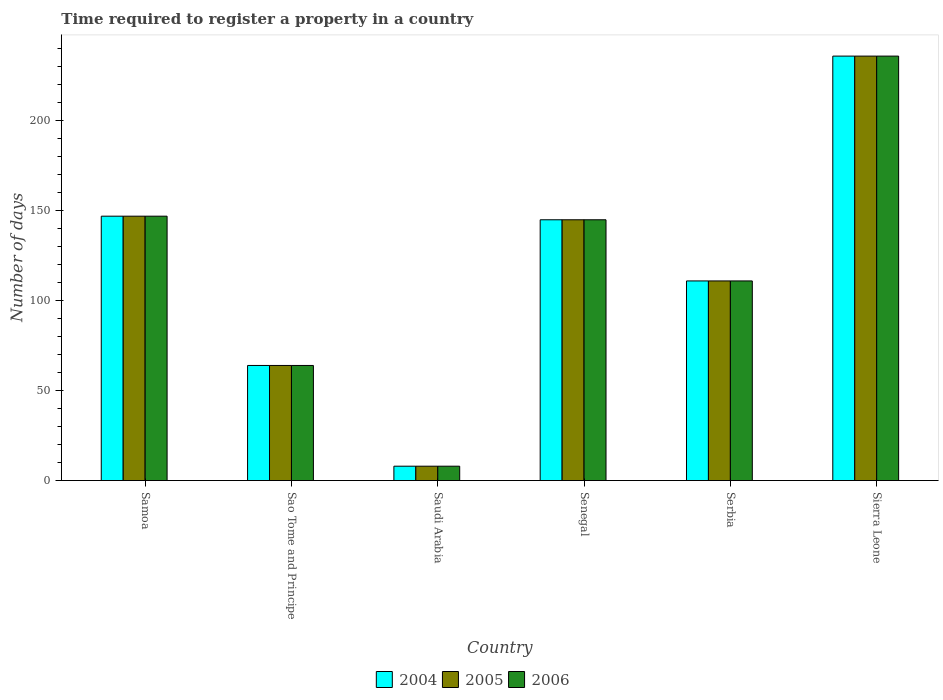
| Country | 2004 | 2005 | 2006 |
 | --- | --- | --- | --- |
 | Samoa | 147 | 147 | 147 |
 | Sao Tome and Principe | 64 | 64 | 64 |
 | Saudi Arabia | 8 | 8 | 8 |
 | Senegal | 145 | 145 | 145 |
 | Serbia | 111 | 111 | 111 |
 | Sierra Leone | 236 | 236 | 236 |